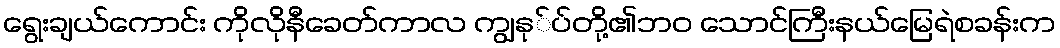
ရွေးချယ်ကောင်း ကိုလိုနီခေတ်ကာလ ကျွနု်ပ်တို့၏ဘ၀ သောင်ကြီးနယ်မြေရဲစခန်းက